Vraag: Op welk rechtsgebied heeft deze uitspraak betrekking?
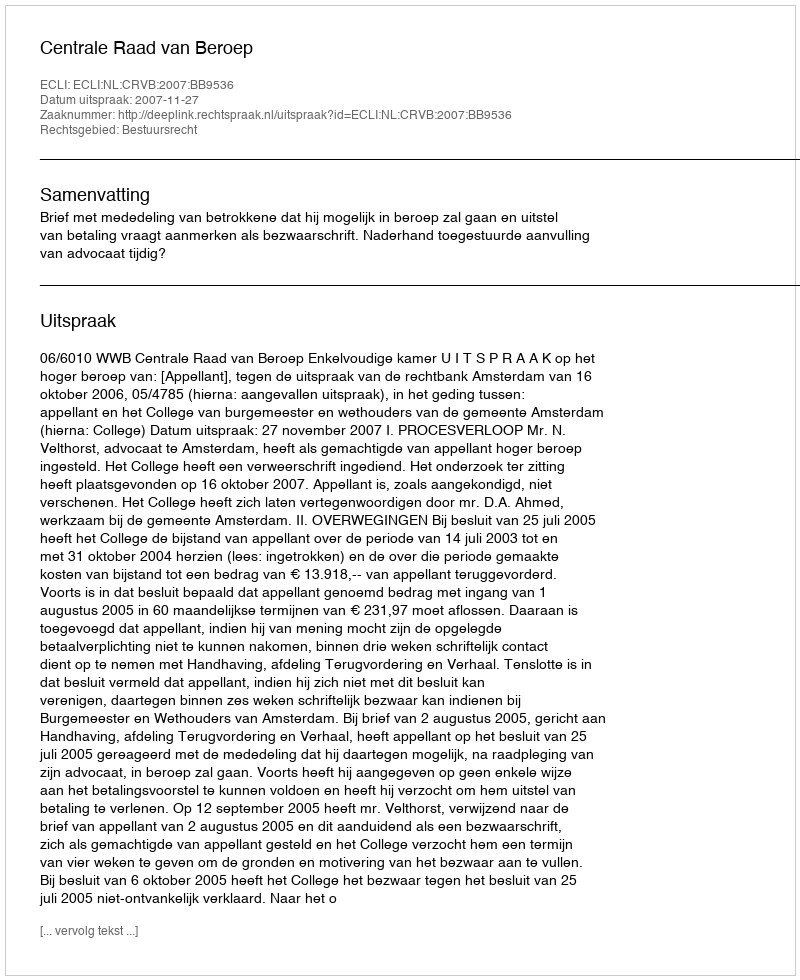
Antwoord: Bestuursrecht